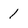
Character: 1